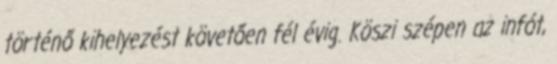
történő kihelyezést követően fél évig. Köszi szépen az infót,